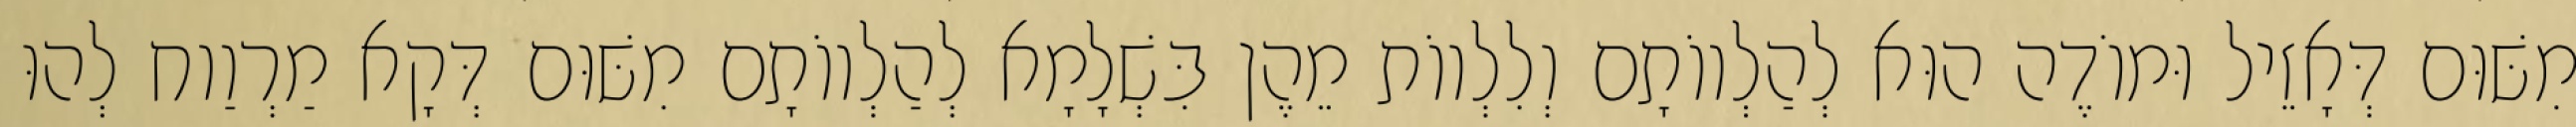
מִשּׁוּם דְּאָזֵיל וּמוֹדֶה הוּא לְהַלְווֹתָם וְלִלְווֹת מֵהֶן בִּשְׁלָמָא לְהַלְווֹתָם מִשּׁוּם דְּקָא מַרְוַוח לְהוּ